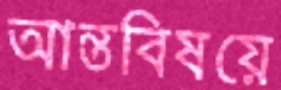
আন্তবিষয়ে